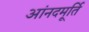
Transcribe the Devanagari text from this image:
आंनदमूर्ति